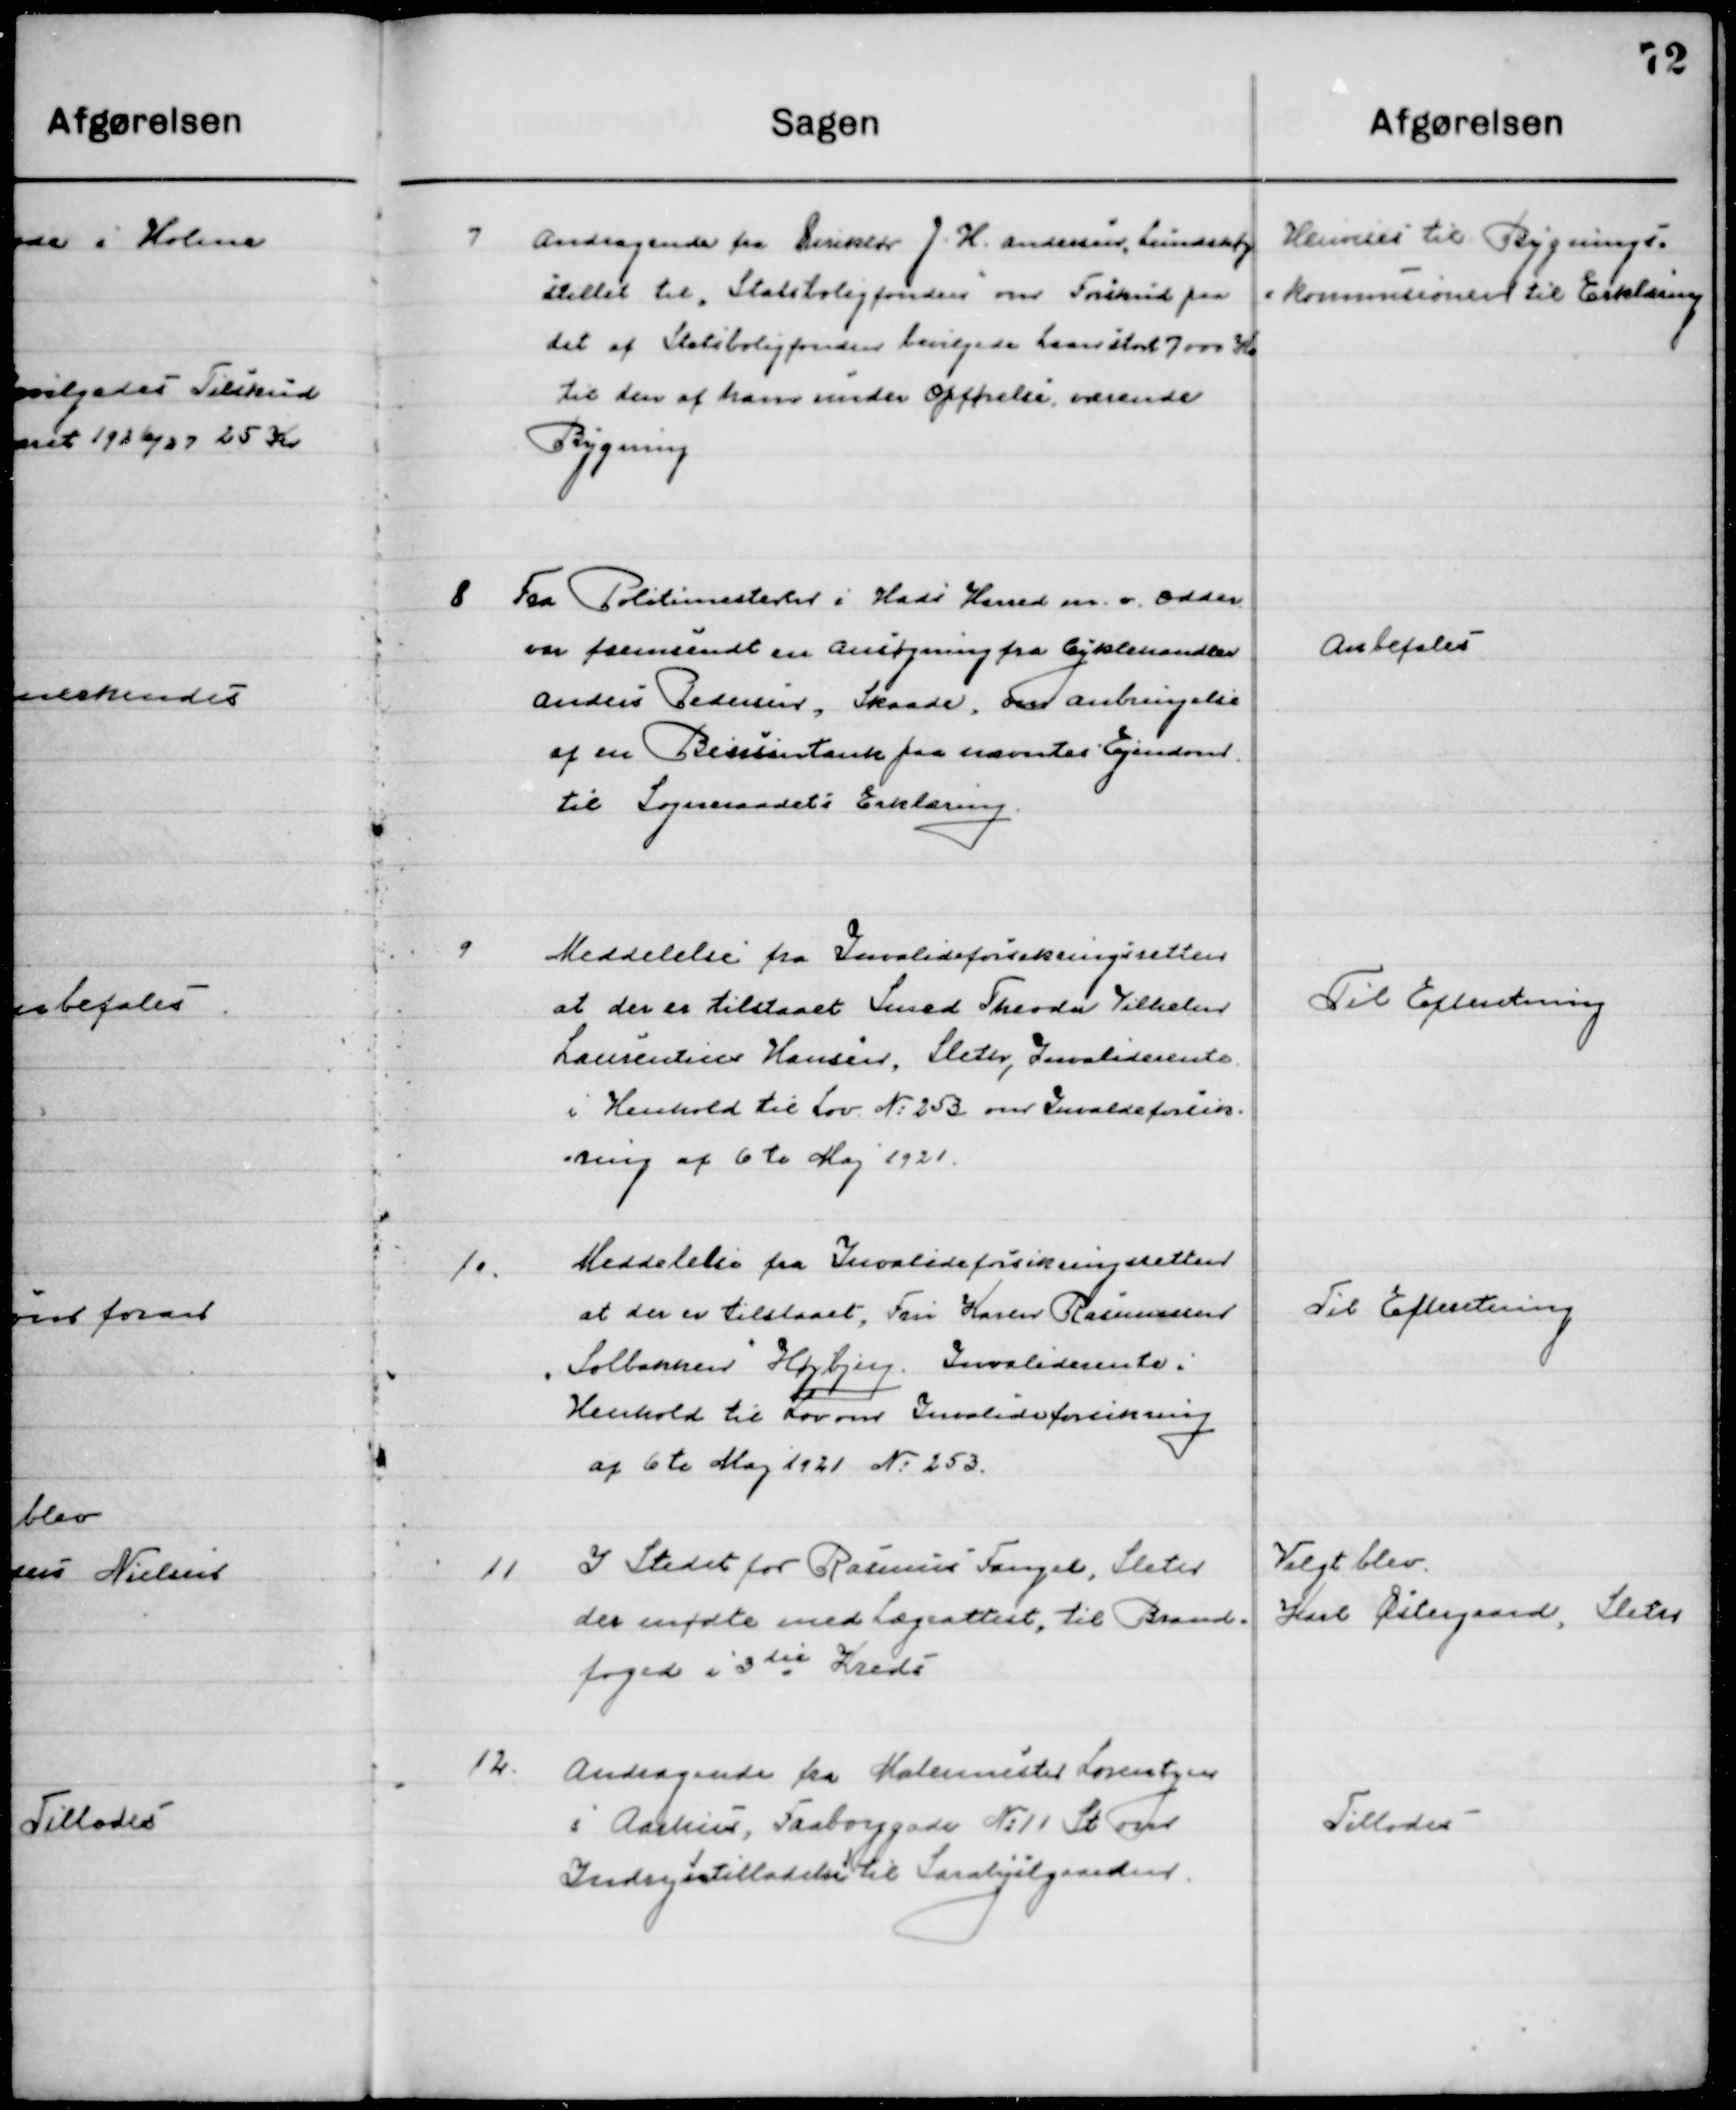
Transskription:
7

Andragende fra Direktør J. H. Andersen, Lundshøj
Stillet til ”Statsboligfonden” om Forskud paa
det af Statsboligfonden bevilgede Laan stort 7000 Kr.
til den af ham af ham Opførte værende
Bygning.

Henvises til Bygnings-
kommissionen til Erklæring

8

Fra Politimesteren i Hads Herreders m. v. Odder
om fremsendt en Ansøgning fra Cykelhandler
Anders Pedersen, Skaade, om Anbringelse 
af en Bensintank pa nævnte Ejendom 
til Sogneraadets Erklæring.

Anbefales

9

Meddelelse fra Invalideforsikringsretten
at der er tilstaaet, Smed Teodor Vilhelm
Laurentsen Hansen, Sleter, Invalide rente
i Henhold til Lov om Invalideforsik-
ring af 6te Maj 1921.

Til Efterretning

10

Meddelelse fra Invalideforsikringsretten
at der er tilstaaet, Fru Karen Rasmussen
”Solbakken” Højbjerg Invalide rente i
Henhold til Lov om Invalideforsikring .
af 6te Maj 1921 No. 253

Til Efterretning

11

I Stedet for Rasmus Fangel, Sleter
der mødte med Lægeattest, til Brand-
foged i 3die Kreds

Valgt blev
Karl Østergaard, Sleter

12

Andragende fra Malermester Lorenzsen
i Aarhus, Faaborggade No. 11 St. over
Indrejsetilladelse til Saralystgaarden

Tillodes